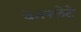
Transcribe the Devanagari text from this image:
वेनफ्लेटे